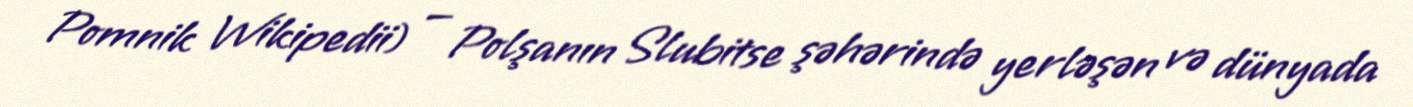
Pomnik Wikipedii) — Polşanın Slubitse şəhərində yerləşən və dünyada